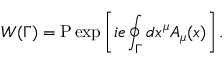
W ( \Gamma ) = \mathrm { P } \exp \left[ i e \oint _ { \Gamma } d x ^ { \mu } A _ { \mu } ( x ) \right] .